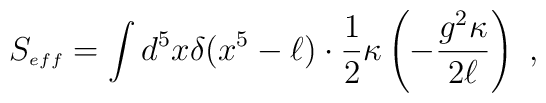
S_{\scriptscriptstyle eff} = 	\int d^5 x \delta(x^5-\ell) \cdot \frac{1}{2} \kappa \left(-{g^2 \kappa\over 2\ell}\right) \ ,